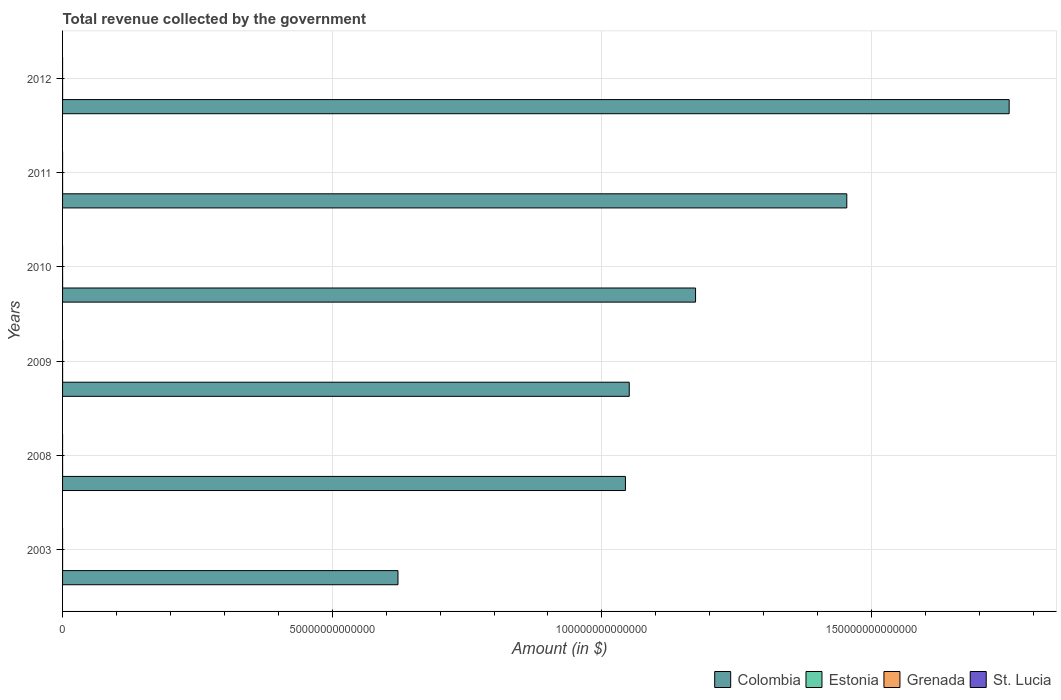
| Years | Colombia | Estonia | Grenada | St. Lucia |
 | --- | --- | --- | --- | --- |
 | 2003 | 6.22e+13 | 2.6e+09 | 3.24e+08 | 4.67e+08 |
 | 2008 | 1.04e+14 | 4.98e+09 | 4.65e+08 | 7.81e+08 |
 | 2009 | 1.05e+14 | 5.06e+09 | 4.02e+08 | 7.71e+08 |
 | 2010 | 1.17e+14 | 4.96e+09 | 4.15e+08 | 7.76e+08 |
 | 2011 | 1.45e+14 | 5.31e+09 | 4.26e+08 | 8.17e+08 |
 | 2012 | 1.76e+14 | 5.8e+09 | 4.25e+08 | 8.1e+08 |